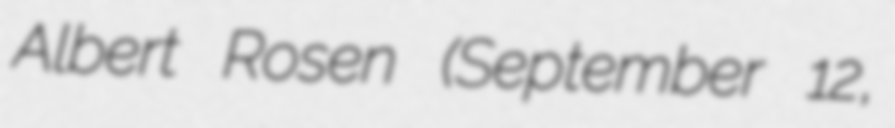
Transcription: Albert Rosen (September 12,